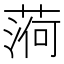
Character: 𦶒